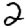
Digit: 2